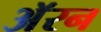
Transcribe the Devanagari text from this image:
अॅरन